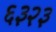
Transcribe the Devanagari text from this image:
६३२३